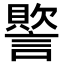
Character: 𮘳